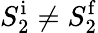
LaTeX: S_{2}^{\mathrm i}\neq S_{2}^{\mathrm f}